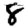
Digit: 8